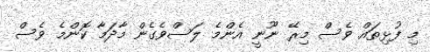
މި ފުޅިތައް ވެސް މިރޭ ނޫނީ އެންމެ ލަސްވެގެން މާދަމާ ކޮންމެ ވެސް